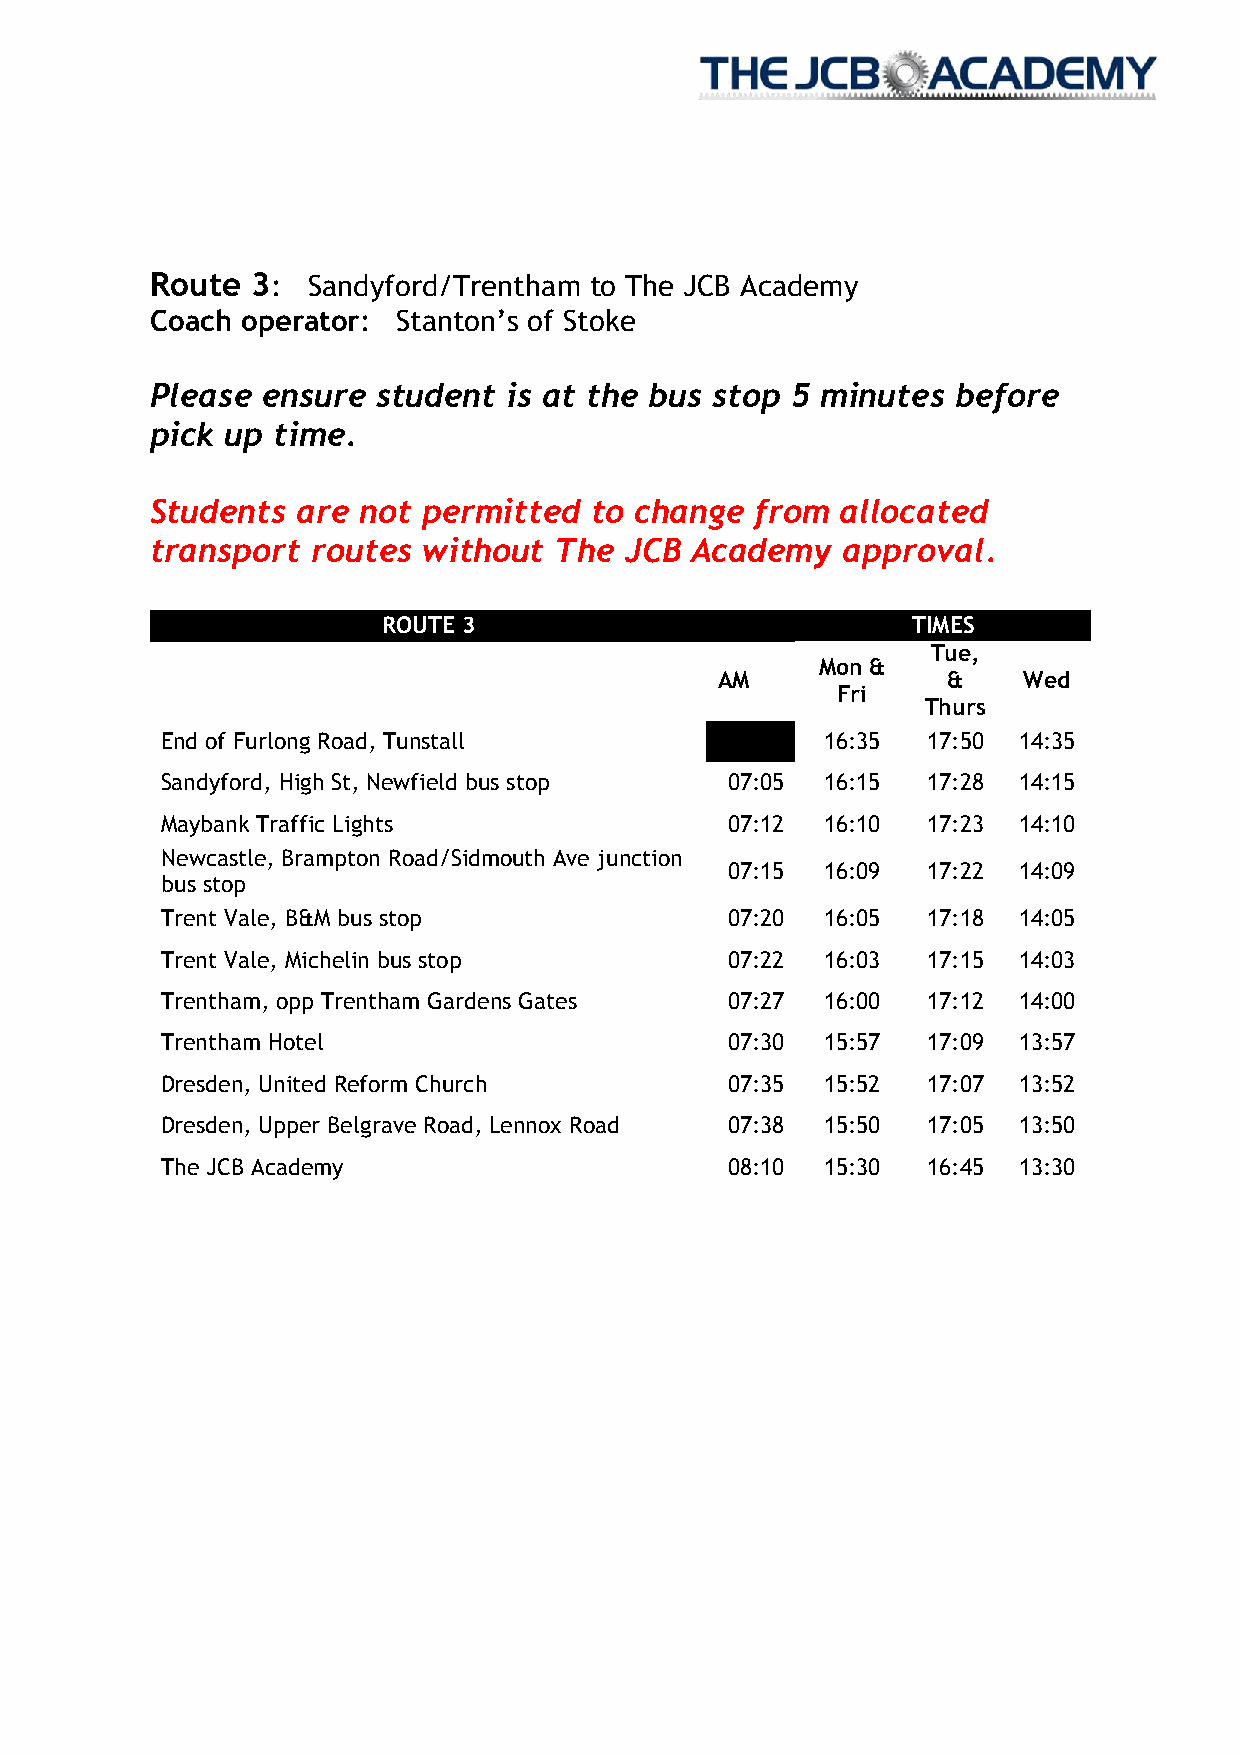
Route  3: Sandyford/Trentham to The JCB Academy
 Coach operator: Stanton’s of Stoke
 Please ensure  student  is at the bus stop 5 minutes before
 pick up time.
 Students  are not permitted  to change  from  allocated
 transport  routes without  The JCB  Academy   approval.
 ROUTE 3                            TIMES
 Tue,
 Mon &
 AM              &    Wed
 Fri
 Thurs
 End of Furlong Road, Tunstall               16:35 17:50 14:35
 Sandyford, High St, Newfield bus stop 07:05 16:15 17:28 14:15
 Maybank Traffic Lights               07:12  16:10 17:23 14:10
 Newcastle, Brampton Road/Sidmouth Ave junction
 07:15  16:09 17:22 14:09
 bus stop
 Trent Vale, B&M bus stop             07:20  16:05 17:18 14:05
 Trent Vale, Michelin bus stop        07:22  16:03 17:15 14:03
 Trentham, opp Trentham Gardens Gates 07:27  16:00 17:12 14:00
 Trentham Hotel                       07:30  15:57 17:09 13:57
 Dresden, United Reform Church        07:35  15:52 17:07 13:52
 Dresden, Upper Belgrave Road, Lennox Road 07:38 15:50 17:05 13:50
 The JCB Academy                      08:10  15:30 16:45 13:30